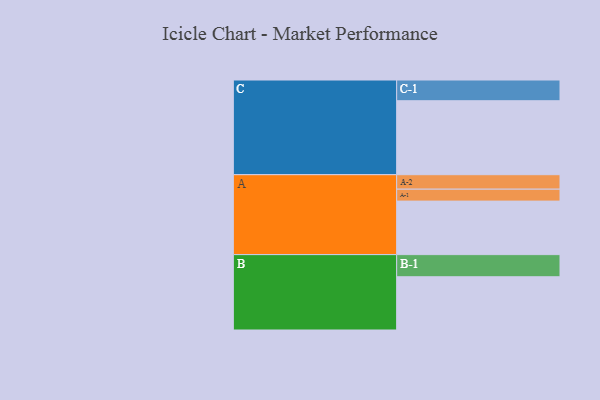
{"axis": {"x": "Segment", "y": "Value"}, "legend": ["", "A", "B", "C"], "data": [{"x": "A", "y": 377, "type": ""}, {"x": "B", "y": 375, "type": ""}, {"x": "C", "y": 521, "type": ""}, {"x": "A-1", "y": 84, "type": "A"}, {"x": "A-2", "y": 102, "type": "A"}, {"x": "B-1", "y": 156, "type": "B"}, {"x": "C-1", "y": 146, "type": "C"}]}